Report by Surgeon-Major Lyons, I.M.S., President of the Plague Research Committee - Part I
Disease focus: Plague
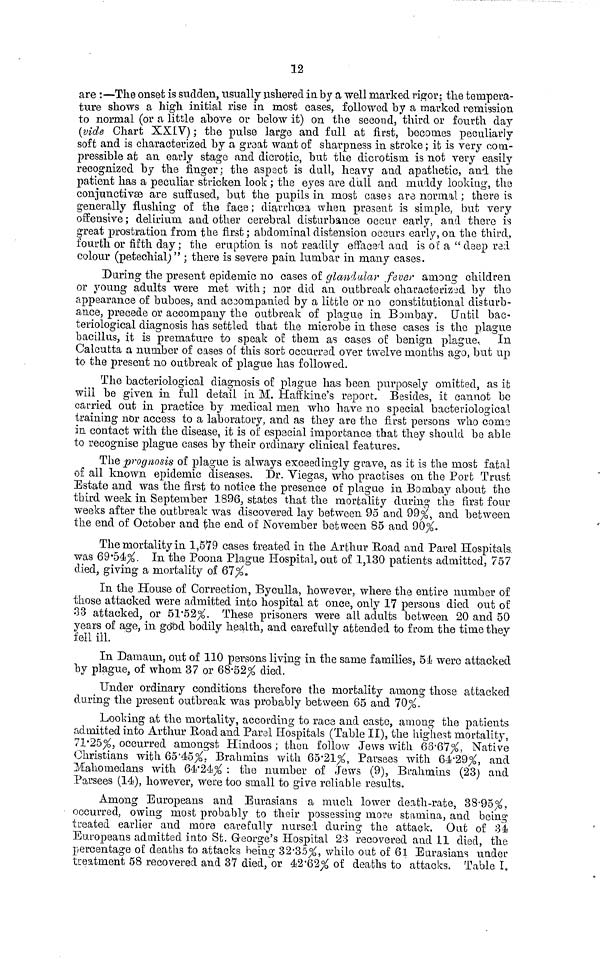
12
are : —The onset is sudden, usually ushered in by a well marked rigor; the tempera-
ture shows a high initial rise in most cases, followed by a marked remission
to normal (or a little above or below it) on the second, third or fourth day
(vide Chart XXIV) ; the pulse large and full at first, becomes peculiarly
soft and is characterized by a great want of sharpness in stroke; it is very com-
pressible at an early stage and dicrotic, but the diorotism is not very easily
recognized by the finger; the aspect is dull, heavy and apathetic, and the
patient has a peculiar stricken look ; the eyes are dull and muddy looking, the
conjunctivae are suffused, but the pupils in most cases are normal ; there is
generally flushing of the face ; diarrhoea when present is simple, but very
offensive; delirium and other cerebral disturbance occur early, and there is
great prostration from the first ; abdominal distension occurs early, on the third,
fourth or fifth day; the eruption is not readily effaced and is of a "deep red
colour (petechial) " ; there is severe pain lumbar in many cases.
During the present epidemic no cases of glandular fever among children
or young adults were met with; nor did an outbreak characterized by the
appearance of buboes, and ac3ompanied by a little or no constitutional disturb-
ance, precede or accompany the outbreak of plague in Bombay. Until bac-
teriological diagnosis has settled that the microbe in these cases is the plague
bacillus, it is premature to speak of them as cases of benign plague. In
Calcutta a number of cases of this sort occurred over twelve months ago, but up
to the present no outbreak of plague has followed.
The bacteriological diagnosis of plague has been purposely omitted, as it
will be given in full detail in M. Haffkine's report. Besides, it cannot be
carried out in practice by medical men who have no special bacteriological
training nor access to a laboratory, and as they are the first persons who com3
in contact with the disease, it is of especial importance that they should be able
to recognise plague cases by their ordinary clinical features.
The prognosis of plague is always exceedingly grave, as it is the most fatal
of all known epidemic diseases. Dr. Viegas, who practises on the Port Trust
Estate and was the first to notice the presence of plague in Bombay about the
third week in September 1896, states that the mortality during the first four
weeks after the outbreak was discovered lay between 95 and 99%, and between
the end of October and the end of November between 85 and 90%.
The mortality in 1,579 cases treated in the Arthur Road and Parel Hospitals
was 69.54%. In the Poona Plague Hospital, out of 1,130 patients admitted, 757
died, giving a mortality of 67%.
In the House of Correction, Byculla, however, where the entire number of
those attacked were admitted into hospital at once, only 17 persons died out oí:
33 attacked, or 51.51%. These prisoners were all adults between 20 and 50
years of age, in good bodily health, and carefully attended to from the time they
fell ill.
In Damaun, out of 110 persons living in the same families, 5-1 were attacked
by plague, of whom 37 or 68-52% died.
Under ordinary conditions therefore the mortality among those attacked
during the present outbreak was probably between 65 and 70%.
Looking at the mortality, according to race and caste, among the patients
admitted into Arthur Road and Parel Hospitals (Table II), the highest mortality,
71.25%, occurred amongst Hindoos; then follow Jews with 68.67%, Native
Christians with 65.45%. Brahmins with 65.21%, Parsees with 64.29%, and
Mahoniedans with 64.24% : the number of Jews (9), Brahmins (23) and
Parsees (14), however, were too small to give reliable results.
Among Europeans and Eurasians a much lower death-rate, 38.95%,
occurred, owing most probably to their possessing more stamina, and being'
treated earlier and more carefully nursed during the attack. Out of 34
Europeans admitted into St. George's Hospital 23 recovered and 11 died, the
percentage of deaths to attacks being 32.35%, while- out of 61 Eurasians under
treatment 58 recovered and 37 died, or 42.62% of deaths to attacks. Table I.